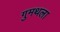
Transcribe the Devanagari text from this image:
गुमथला